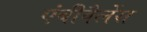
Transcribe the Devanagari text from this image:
एंबीवैलेंस